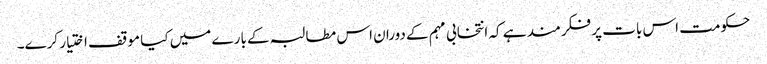
حکومت اس بات پر فکرمند ہے کہ انتخابی مہم کے دوران اس مطالبہ کے بارے میں کیا موقف اختیار کرے۔